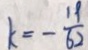
k = - \frac { 1 9 } { 6 2 }